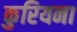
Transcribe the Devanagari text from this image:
कुरियना